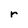
Character: r